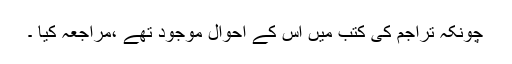
چونکہ تراجم کی کتب میں اس کے احوال موجود تھے ،مراجعہ کیا ۔